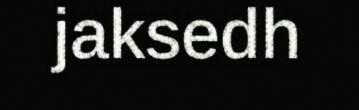
jaksedh